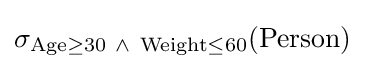
\sigma _{{\text{Age}}\geq 30\ \land \ {\text{Weight}}\leq 60}({\text{Person}})